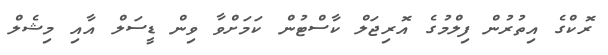
ރޮކްގެ އިތުރުން ފިލްމުގެ އޮރިޖަލް ކާސްޓުން ކަމަށްވާ ވިން ޑީސަލް އާއި މިޝެލް